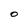
Character: O